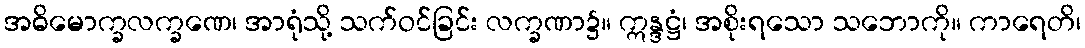
အဓိမောက္ခလက္ခဏေ၊ အာရုံသို့ သက်ဝင်ခြင်း လက္ခဏာ၌။ ဣန္ဒဋ္ဌံ၊ အစိုးရသော သဘောကို။ ကာရေတိ၊